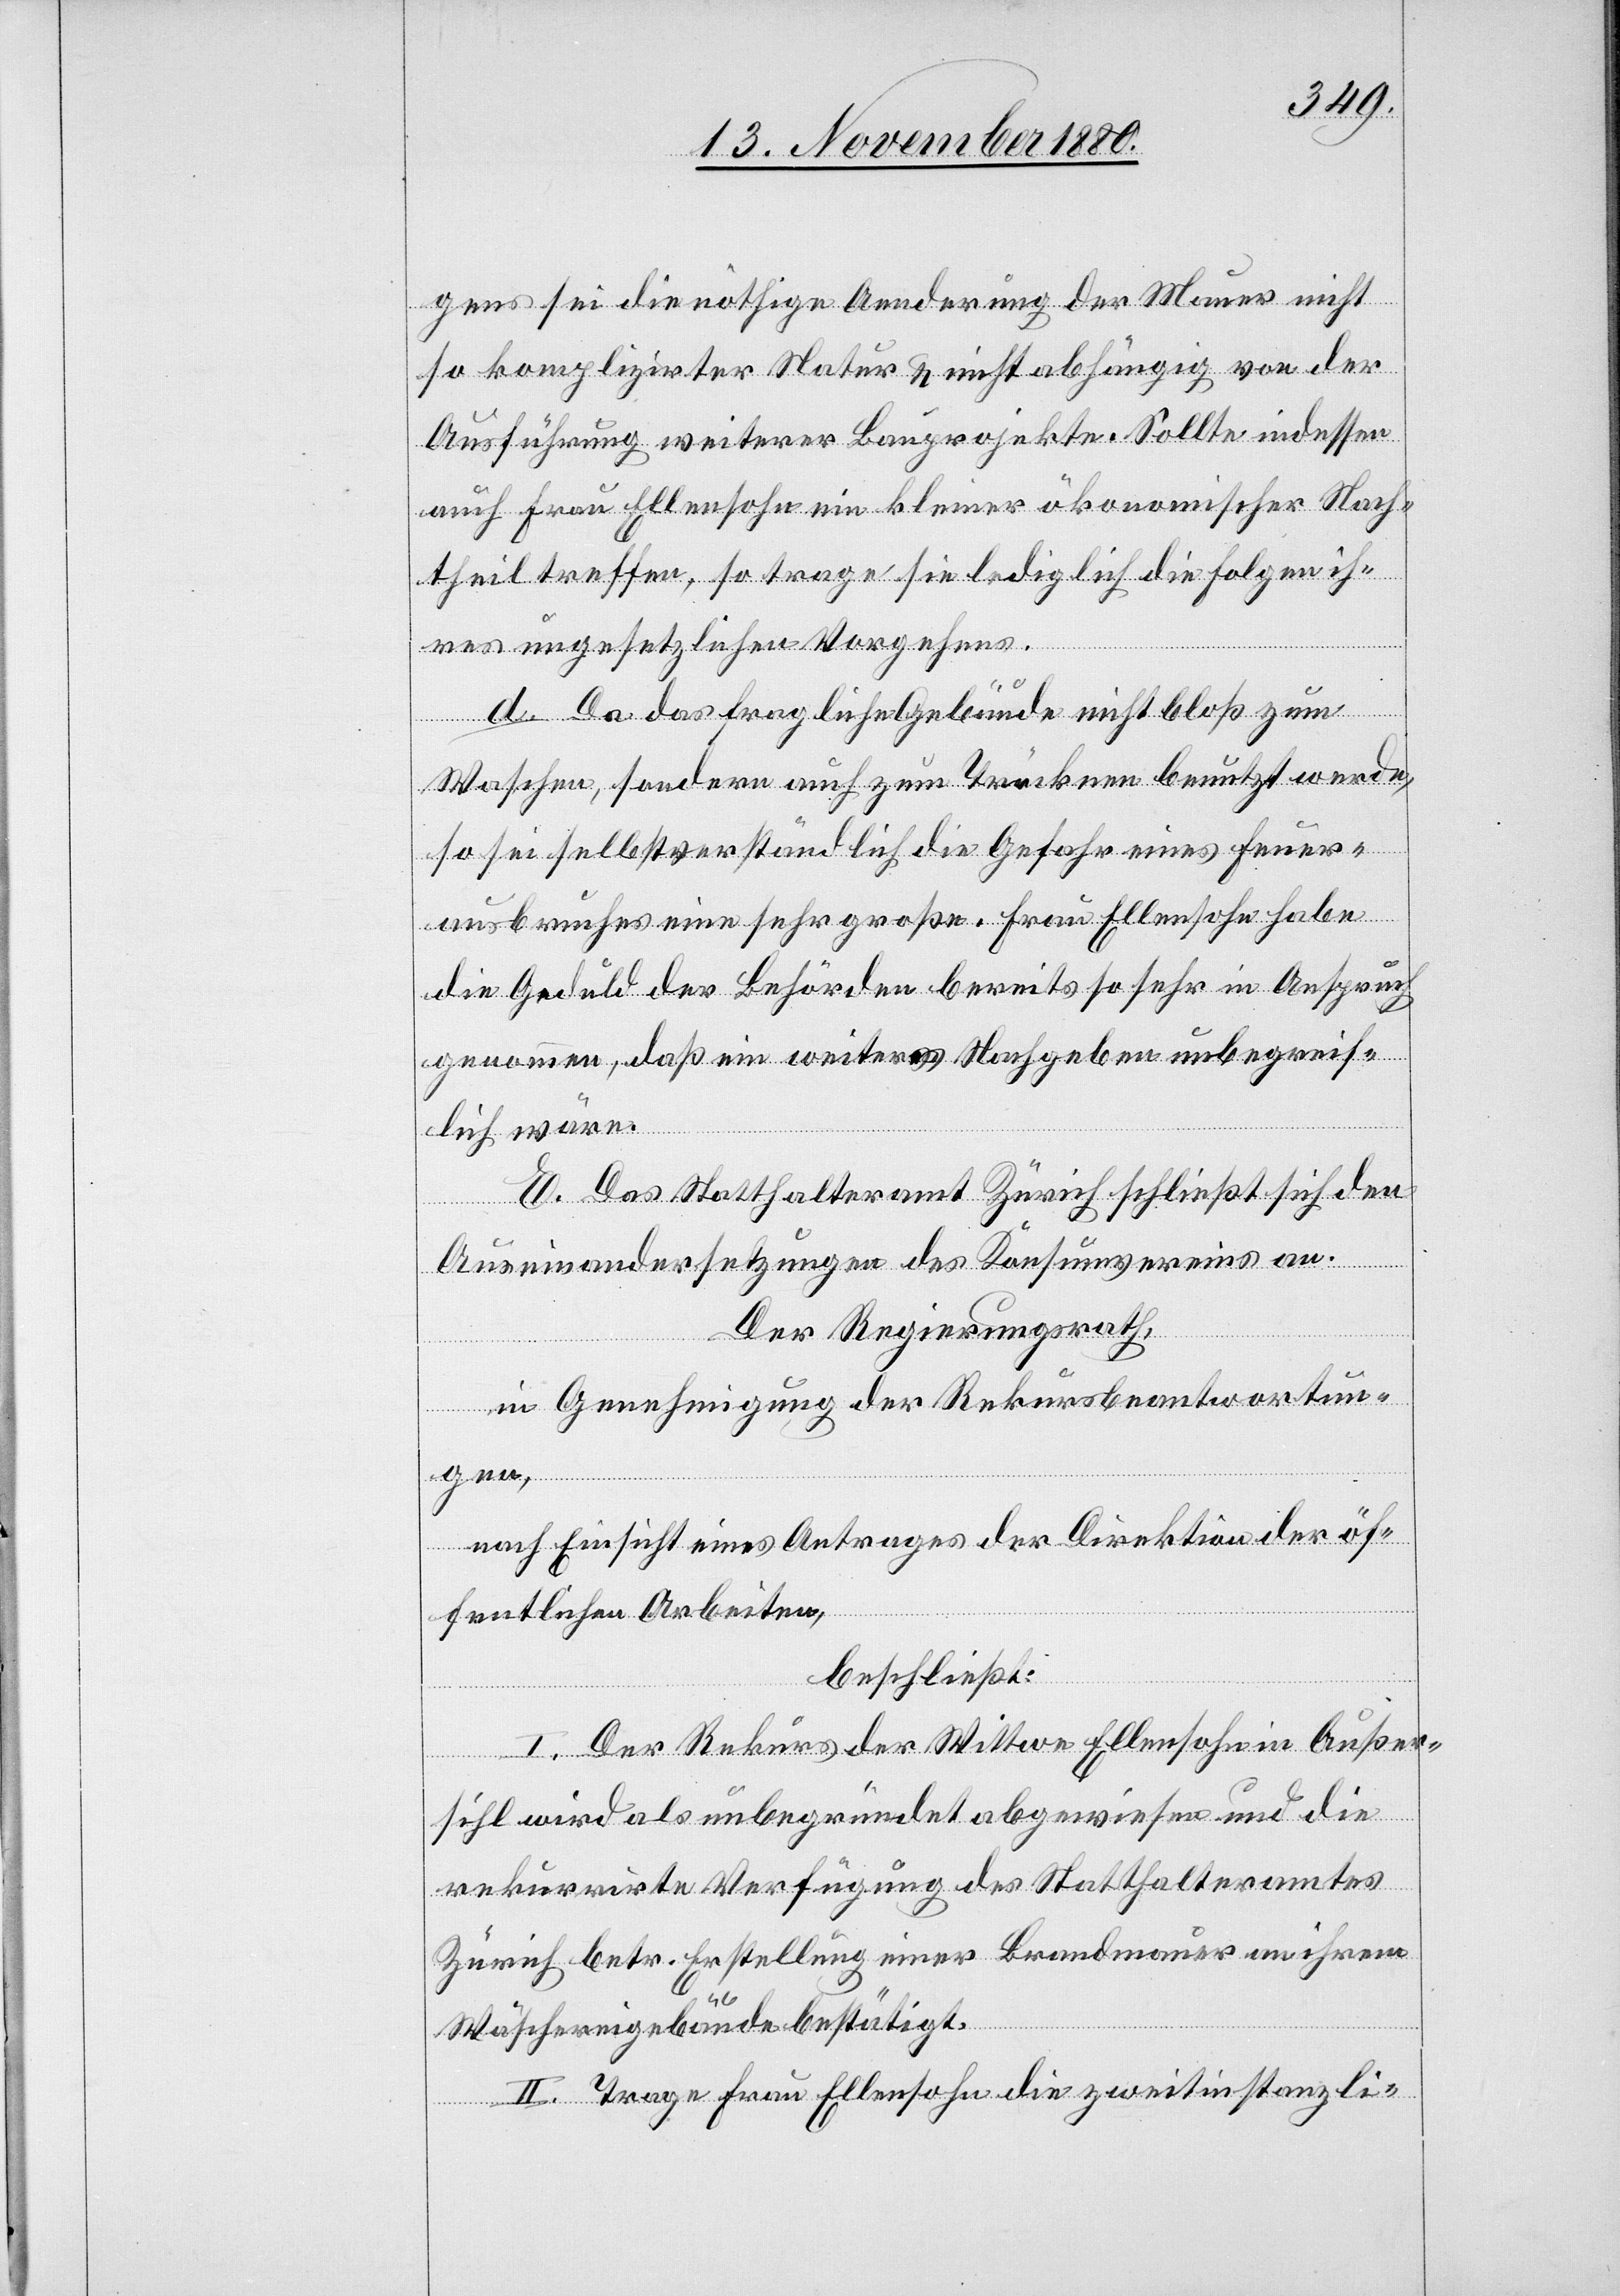
gens sei die nöthige Aenderung der Mauer nicht
so komplizirter Natur & nicht abhängig von der
Ausführung weiterer Bauprojekte. Sollte indessen
auch Frau Ellensohn ein kleiner ökonomischer Nach¬
theil treffen, so trage sie lediglich die Folgen ih¬
res ungesetzlichen Vorgehens.
d. Da das fragliche Gebäude nicht bloß zum
Waschen, sondern auch zum Tröcknen benutzt werde,
so sei selbstverständlich die Gefahr eines Feuer¬
gen,
ausbruches eine sehr große. Frau Ellensohn habe
die Geduld der Behörden bereits so sehr in Anspruch
genommen, daß ein weiteres Nachgeben unbegreif¬
lich wäre.
E. Das Statthalteramt Zürich schließt sich den
Auseinandersetzungen des Konsumvereins an.
Der Regierungsrath,
in Genehmigung der Rekursbeantwortun¬
nach Einsicht eines Antrages der Direktion der öf¬
fentlichen Arbeiten,
beschließt:
I. Der Rekurs der Wittwe Ellensohn in Außer¬
sihl wird als unbegründet abgewiesen und die
rekurrirte Verfügung des Statthalteramtes
Zürich betr. Erstellung einer Brandmauer an ihrem
Wäschereigebäude bestätigt.
II. Trage Frau Ellensohn die zweitinstanzli-